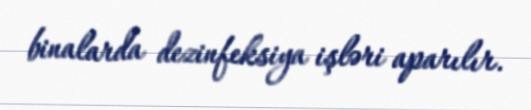
binalarda dezinfeksiya işləri aparılır.